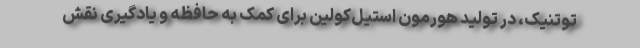
توتنیک، در تولید هورمون استیل‌کولین برای کمک به حافظه و یادگیری نقش